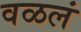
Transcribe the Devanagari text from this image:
वळलं